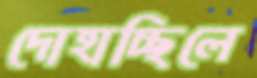
দোহাচ্ছিলে